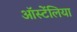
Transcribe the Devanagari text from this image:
ऑस्टेंलिया